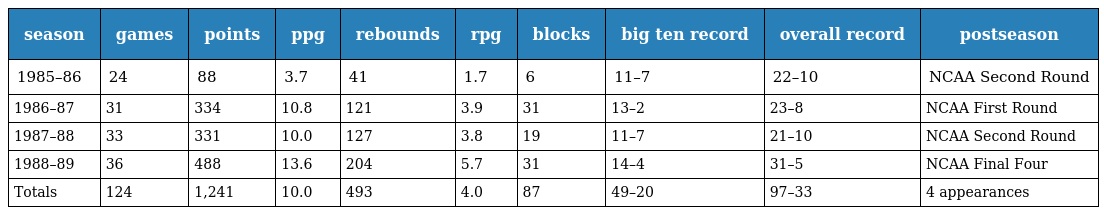
| season | games | points | ppg | rebounds | rpg | blocks | big ten record | overall record | postseason |
 | --- | --- | --- | --- | --- | --- | --- | --- | --- | --- |
 | 1985–86 | 24 | 88 | 3.7 | 41 | 1.7 | 6 | 11–7 | 22–10 | NCAA Second Round |
 | 1986–87 | 31 | 334 | 10.8 | 121 | 3.9 | 31 | 13–2 | 23–8 | NCAA First Round |
 | 1987–88 | 33 | 331 | 10.0 | 127 | 3.8 | 19 | 11–7 | 21–10 | NCAA Second Round |
 | 1988–89 | 36 | 488 | 13.6 | 204 | 5.7 | 31 | 14–4 | 31–5 | NCAA Final Four |
 | Totals | 124 | 1,241 | 10.0 | 493 | 4.0 | 87 | 49–20 | 97–33 | 4 appearances |